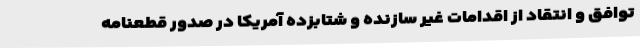
توافق و انتقاد از اقدامات غیر سازنده و شتابزده آمریکا در صدور قطعنامه